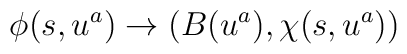
\phi(s, u^a) \rightarrow \left( B(u^a), \chi(s, u^a) \right)